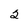
Character: 2